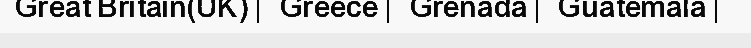
Great Britain(UK) | Greece | Grenada | Guatemala |